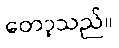
တော့သည်။